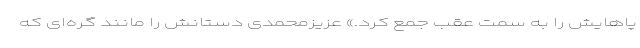
پاهایش را به سمت عقب جمع کرد.» عزیزمحمدی دستانش را مانند گره‌ای که